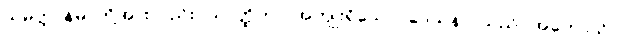
သမ္ပတ္တာနမ္ပိ၊ တို့အားလည်း။ သာတ္ထိကာ၊ အကျိုးရှိသော။ ဒေသနာ၊ သည်။ အဟောသိ၊